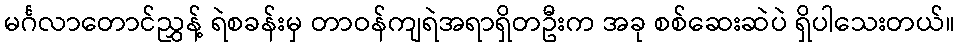
မင်္ဂလာတောင်ညွှန့် ရဲစခန်းမှ တာဝန်ကျရဲအရာရှိတဦးက အခု စစ်ဆေးဆဲပဲ ရှိပါသေးတယ်။